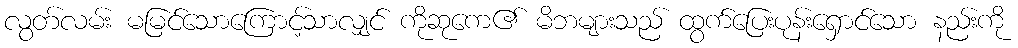
လွတ်လမ်း မမြင်သောကြောင့်သာလျှင် ကိုဆုကေ၏ မိဘများသည် ထွက်ပြေးပုန်းရှောင်သော နည်းကို